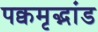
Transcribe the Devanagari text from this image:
पक्वमृद्भांड